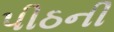
પીઠની